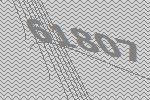
61807